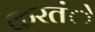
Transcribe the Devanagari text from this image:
करतंे